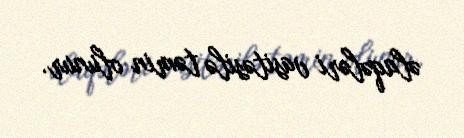
əlaqələri vasitəsilə təmin olunur.